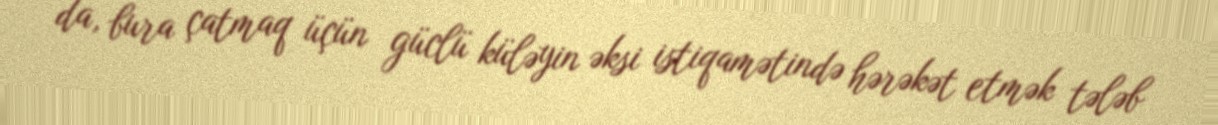
da, bura çatmaq üçün güclü küləyin əksi istiqamətində hərəkət etmək tələb